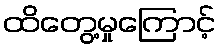
ထိတွေ့မှုကြောင့်